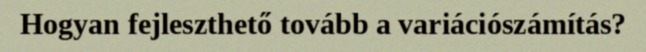
Hogyan fejleszthető tovább a variációszámítás?